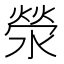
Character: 滎